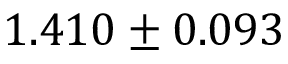
1 . 4 1 0 \pm 0 . 0 9 3